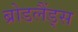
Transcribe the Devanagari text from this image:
ब्रोडलैंड्स